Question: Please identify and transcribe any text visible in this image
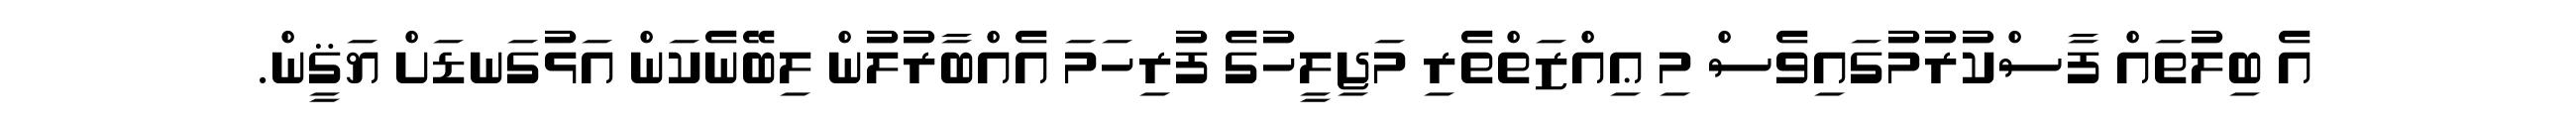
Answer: އެ ބިލުތައް ފާސްކުރުމުގައިވެސް މި ޢިއްޒަތްތެރި މަޖިލީހުގެ ފުރިހަމަ އެއްބާރުލުން ލިބޭނެކަން އަޅުގަނޑަށް ޔަޤީން.